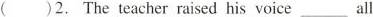
()2. The teacher raised his voice_all